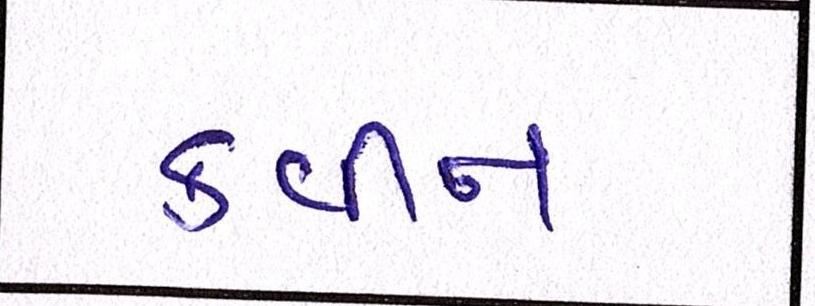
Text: ક્વીન